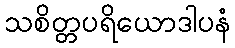
သစိတ္တပရိယောဒါပနံ